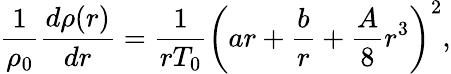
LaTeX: \frac{1}{\rho_{0}}\frac{d\rho(r)}{dr}=\frac{1}{rT_{0}}\left(ar+\frac{b}{r}+\frac{A}{8}r^{3}\right)^{2},